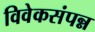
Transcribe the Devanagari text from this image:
विवेकसंपन्न